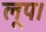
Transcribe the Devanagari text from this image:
लूप।